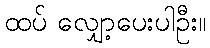
ထပ် လျှော့ပေးပါဦး။